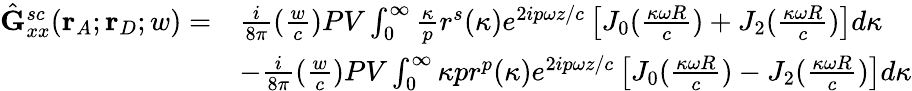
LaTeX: \begin{array}{rl}{\hat{\mathbf{G}}_{xx}^{sc}(\mathbf{r}_{A};\mathbf{r}_{D};w)=}&{\frac{i}{8{\pi}}(\frac{w}{c})PV\int_{0}^{\infty}\frac{\kappa}{p}r^{s}(\kappa)e^{2ip{\omega}z/c}\left[J_{0}(\frac{\kappa\omega{R}}{c})+J_{2}(\frac{\kappa\omega{R}}{c})\right]d{\kappa}}\\ &{-\frac{i}{8{\pi}}(\frac{w}{c})PV\int_{0}^{\infty}{\kappa}{p}r^{p}(\kappa)e^{2ip{\omega}z/c}\left[J_{0}(\frac{\kappa\omega{R}}{c})-J_{2}(\frac{\kappa\omega{R}}{c})\right]d{\kappa}}\end{array}